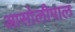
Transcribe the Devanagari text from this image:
आसोलीपाल